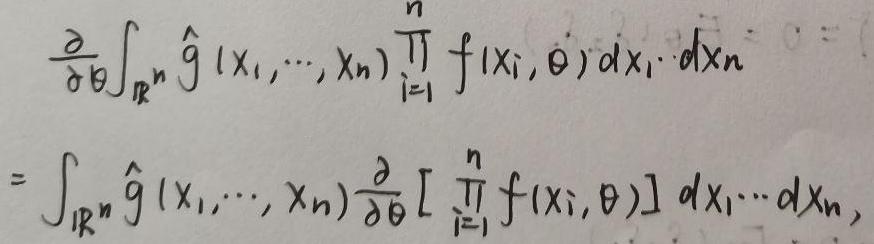
\[
\frac{\partial}{\partial\theta}\int_{\mathbb{R}^n} \hat{g}(x_1, \cdots, x_n) \prod_{i = 1}^{n} f(x_i, \theta) dx_1 \cdots dx_n = \int_{\mathbb{R}^n} \hat{g}(x_1, \cdots, x_n) \frac{\partial}{\partial\theta} \left[ \prod_{i = 1}^{n} f(x_i, \theta) \right] dx_1 \cdots dx_n
\]